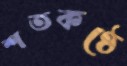
শতকণ্ঠে